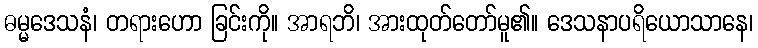
ဓမ္မဒေသနံ၊ တရားဟော ခြင်းကို။ အာရဘိ၊ အားထုတ်တော်မူ၏။ ဒေသနာပရိယောသာနေ၊